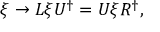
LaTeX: \xi \rightarrow L \xi U ^ { \dagger } = U \xi R ^ { \dagger } ,